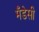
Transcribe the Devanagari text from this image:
मँडेसी